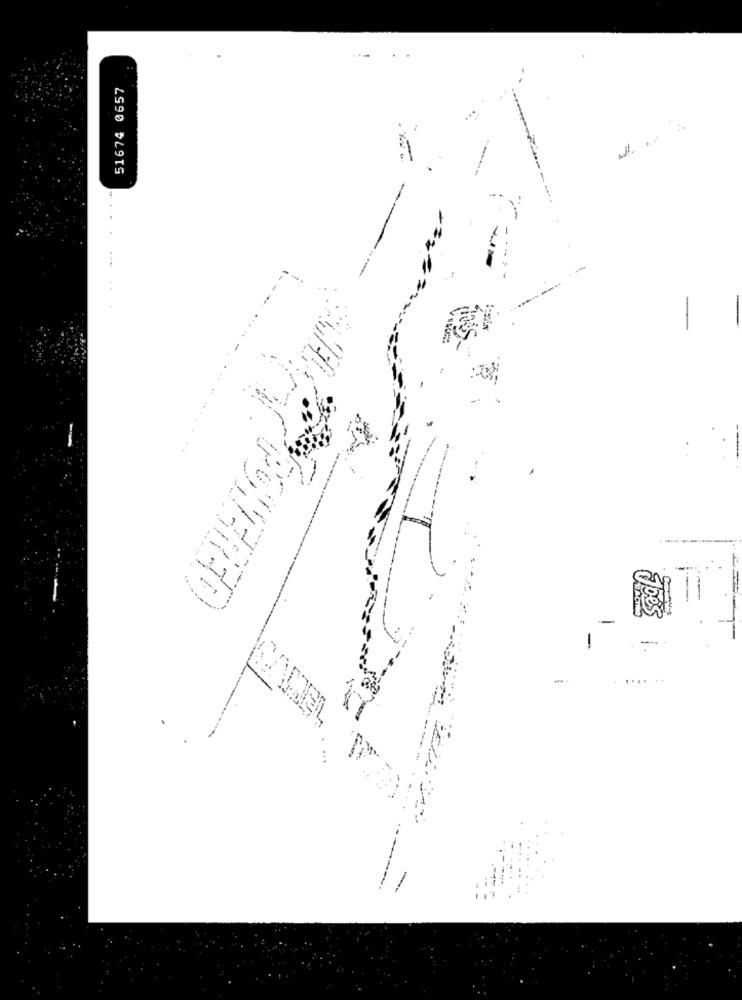
51674 0657
with a :
-
-
----
--